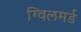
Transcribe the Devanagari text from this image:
ग्विलमर्ड